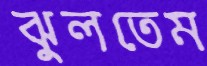
ঝুলতেম